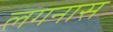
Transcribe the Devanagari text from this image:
लगनास